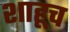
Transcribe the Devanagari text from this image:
शाहूच